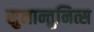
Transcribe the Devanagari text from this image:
सुनान्तुनित्स